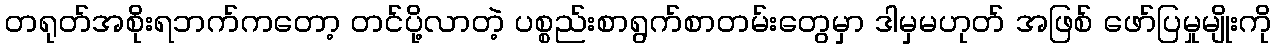
တရုတ်အစိုးရဘက်ကတော့ တင်ပို့လာတဲ့ ပစ္စည်းစာရွက်စာတမ်းတွေမှာ ဒါမှမဟုတ် အဖြစ် ဖော်ပြမှုမျိုးကို